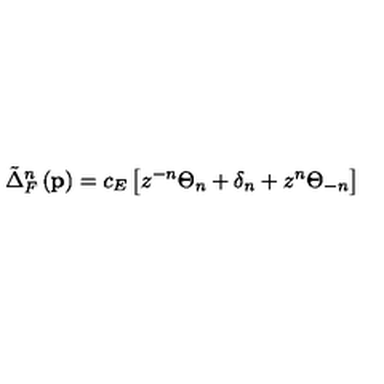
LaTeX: \tilde { \Delta } _ { F } ^ { n } \left( \mathbf { p } \right) = c _ { E } \left[ z ^ { - n } \Theta _ { n } + \delta _ { n } + z ^ { n } \Theta _ { - n } \right]